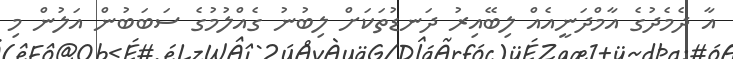
އާ ދެމެދުގެ އާމްދަނީއެއް ލިބޭއިރު ދަނޑުތަކަށް ލިބުނު ގެއްލުމުގެ ސަބަބުން އަލުން މި